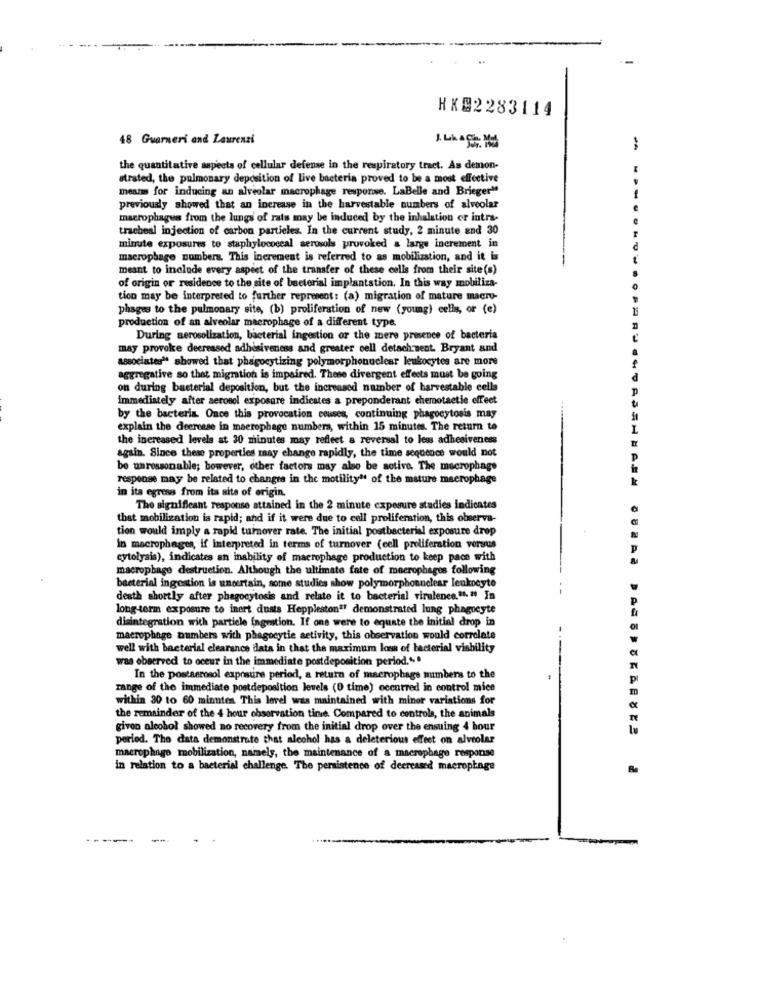
HX@2283114
48 Guarneri and Laurenzi
-
the quantitative aspects of cellular defense in the respiratory tract. As demon-
strated, the pulmonary deposition of Live bacteria proved to be a most effective
mesims for inducing an alveolar macrophage response. LaBelle and Brieger"
previously showed that an increase in the harvestable numbers of alveolar
macrophagus from the lungs of rats may be induced by the inhalation or intra-
tracheal injection of carbon particles. In the current study, 2 minute and 30
minute exposures to staphylococeal aerosols provoked a large increment in
macrophage numbers. This increment is referred to as mobilization, and it is
meant to include every aspect of the transfer of these calls from their site (s)
of origin or residence to the site of bacterial implantation. In this way mobiliza-
tion may be interpreted to further represent: (a) migration of mature macro-
phages to the pulmonary site, (b) proliferation of new (young) cells, or (e)
production of an alveolar macrophage of a different type
During aerosolization, bacterial ingestion or the mere presence of bacteria
may provoke decreased adhesiveness and greater cell detach ment. Bryant and
associates" showed that phagocytizing polymorphonuclear leukocytes are more
aggregative so that migration is impaired. These divergent effects must be going
on during bacterial deposition, but the increased number of harvestable cells
immediately after aerosol exposure indicates a preponderant chemotactie offeet
by the bacteria. Once this provocation ceuses, continuing phagocytosis may
explain the decrease in macrophage numbers, within 15 minutes. The return to
the increased levels at 30 minutes may reflect a reversal to less adhesiveness
again. Since these properties may change rapidly, the time sequence would not
be unreasonable; however, other factors may also be active. The macrophage
response may be related to changes in the motility" of the mature macrophage
in its egress from its site of origin.
The significant response attained in the 2 minute exposure studies indicates
that mobilization is rapid; and if it were due to cell proliferation, this observa-
tion would imply a rapid turnover rate. The initial postbacterial exposure drop
in macrophages, if interpreted in terms of turnover (cell proliferation versus
cytolysis), indicates an inability of macrophage production to keep pace with
macrophage destruction. Although the ultimate fate of macrophages following
bacterial ingestion is unortain, some studies show polymorphonuclear leukocyte
--
death shortly after phagocytosis and relate it to bacterial virulence."1. # In
long-term exposure to inert dusts Heppleston"" demonstrated lung phagneyte
disintegration with particle ingestion. If one were to equate the initial drop in
macrophage numbers with phagocytie activity, this observation would correlate
well with bacterial clearance data in that the maximum loss of bacterial viability
was observed to oceur in the immediate postdeposition period.""
In the postaerosol exposure period, a return of macrophage mumbers to the
range of the immediate postdeposition levels (0 time) occurred in control mice
within 30 to 60 minutes This level was maintained with minor variations for
the remainder of the 4 hour observation time. Compared to controla, the animals
given alcohol showed no recovery from the initial drop over the ensuing 4 hour
period. The data demonstrate that alcohol has a deleterious effect on alveolar
macrophage mobilization, namely, the maintenance of a macrophage response
in relation to a bacterial challenge. The persistence of decreased macrophage
Be